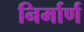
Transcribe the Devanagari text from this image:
निर्मार्ण